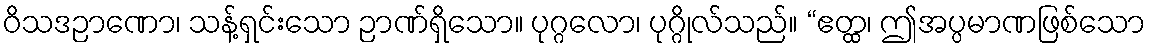
ဝိသဒဉာဏော၊ သန့်ရှင်းသော ဉာဏ်ရှိသော။ ပုဂ္ဂလော၊ ပုဂ္ဂိုလ်သည်။ “ဧတ္ထ၊ ဤအပ္ပမာဏဖြစ်သော